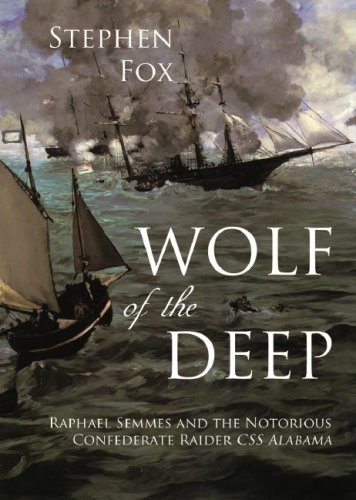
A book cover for Wolf of the Deep: Raphael Semmes and the Notorious Confederate Raider CSS Alabama; Stephen Fox; History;